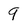
Character: 9